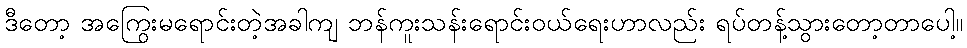
ဒီတော့ အကြွေးမရောင်းတဲ့အခါကျ ဘန်ကူးသန်းရောင်းဝယ်ရေးဟာလည်း ရပ်တန့်သွားတော့တာပေါ့။